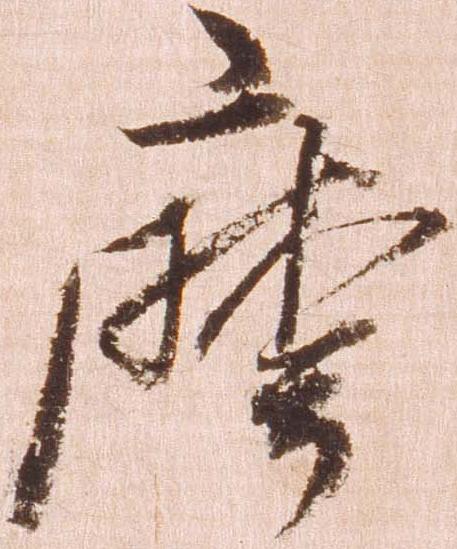
摩